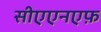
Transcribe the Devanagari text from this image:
सीएएनएफ़